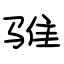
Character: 骓